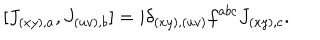
[ J _ { ( x y ) , a } , J _ { ( u v ) , b } ] = i \delta _ { ( x y ) , ( u v ) } f ^ { a b c } J _ { ( x y ) , c } .